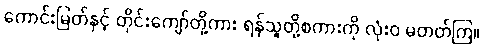
ကောင်းမြတ်နှင့် တိုင်းကျော်တို့ကား ရန်သူတို့စကားကို လုံးဝ မတတ်ကြ။